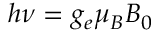
h \nu = g _ { e } \mu _ { B } B _ { 0 }